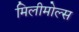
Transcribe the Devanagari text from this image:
मिलीमोल्स